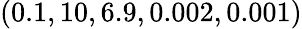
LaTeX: (0.1,10,6.9,0.002,0.001)